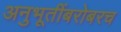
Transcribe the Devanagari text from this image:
अनुभूतींबरोबरच